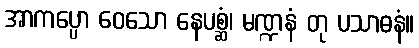
အာကပ္ပော ဝေသော နေပစ္ဆံ၊ မဏ္ဍနံ တု ပသာဓနံ။